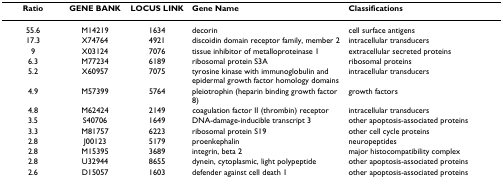
| Ratio | GENE BANK | LOCUS LINK | Gene Name | Classifications |
 | --- | --- | --- | --- | --- |
 | 55.6 | M14219 | 1634 | decorin | cell surface antigens |
 | 17.3 | X74764 | 4921 | discoidin domain receptor family, member 2 | intracellular transducers |
 | 9 | X03124 | 7076 | tissue inhibitor of metalloproteinase 1 | extracellular secreted proteins |
 | 6.3 | M77234 | 6189 | ribosomal protein S3A | ribosomal proteins |
 | 5.2 | X60957 | 7075 | tyrosine kinase with immunoglobulin and epidermal growth factor homology domains | intracellular transducers |
 | 4.9 | M57399 | 5764 | pleiotrophin (heparin binding growth factor 8) | growth factors |
 | 4.8 | M62424 | 2149 | coagulation factor II (thrombin) receptor | intracellular transducers |
 | 3.5 | S40706 | 1649 | DNA-damage-inducible transcript 3 | other apoptosis-associated proteins |
 | 3.3 | M81757 | 6223 | ribosomal protein S19 | other cell cycle proteins |
 | 2.8 | J00123 | 5179 | proenkephalin | neuropeptides |
 | 2.8 | M15395 | 3689 | integrin, beta 2 | major histocompatibility complex |
 | 2.8 | U32944 | 8655 | dynein, cytoplasmic, light polypeptide | other apoptosis-associated proteins |
 | 2.6 | D15057 | 1603 | defender against cell death 1 | other apoptosis-associated proteins |